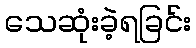
သေဆုံးခဲ့ရခြင်း